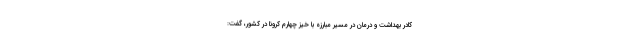
کادر بهداشت و درمان در مسیر مبارزه با خیز چهارم کرونا در کشور، گفت: